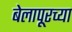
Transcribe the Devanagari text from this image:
बेलापूरच्या